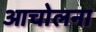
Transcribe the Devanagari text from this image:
आचोलना